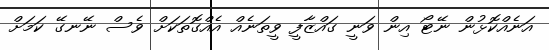
އަނެއްކޮޅުން ނޭޓޯ އިން ވަނީ ގައްޒާފީ ވީތަނެއް އެއްގޮތަކަށް ވެސް ނޭނގޭ ކަމަށް